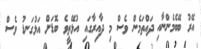
އޭރު ބޭބެމެންނާއި ދައްތަމެން ވެސް މި ދާއިރާގައި އުޅޭތީވެ ބޮޑަށް އަޅުގަނޑު ވެސް